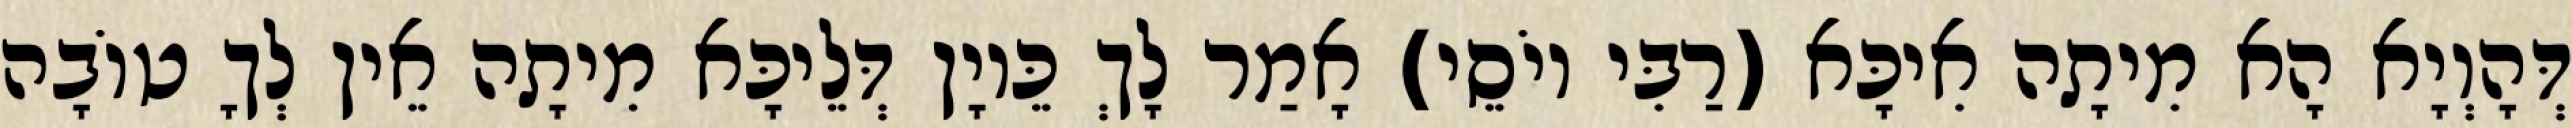
דְּהָוְיָא הָא מִיתָה אִיכָּא (רַבִּי יוֹסֵי) אָמַר לָךְ כֵּיוָן דְּלֵיכָּא מִיתָה אֵין לְךָ טוֹבָה